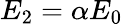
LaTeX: E_{\mathrm{2}}=\alpha E_{\mathrm{0}}